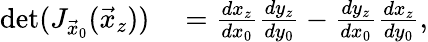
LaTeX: \begin{array}{rl}{\operatorname*{det}(J_{\vec{x}_{0}}(\vec{x}_{z}))}&{{}=\frac{dx_{z}}{dx_{0}}\frac{dy_{z}}{dy_{0}}-\frac{dy_{z}}{dx_{0}}\frac{dx_{z}}{dy_{0}},}\end{array}